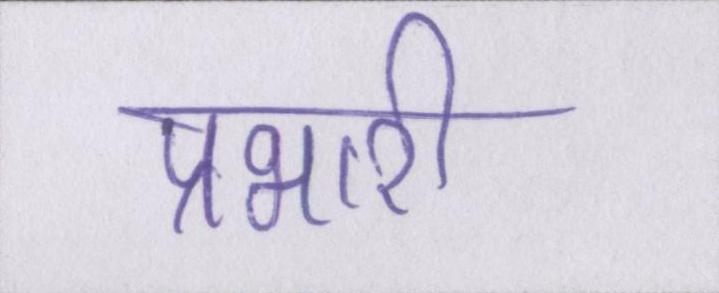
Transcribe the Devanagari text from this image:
प्रभारी